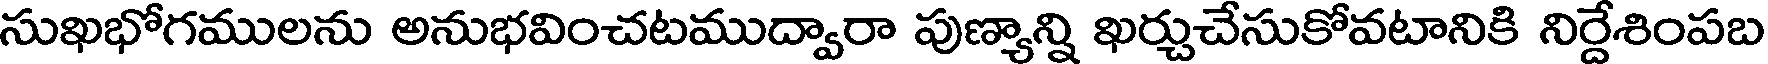
సుఖభోగములను అనుభవించటముద్వారా పుణ్యాన్ని ఖర్చుచేసుకోవటానికి నిర్దేశింపబ